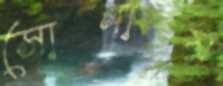
সোনায়